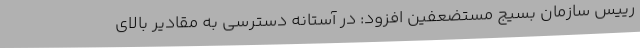
رییس سازمان بسیج مستضعفین افزود: در آستانه دسترسی به مقادیر بالای